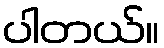
ပါတယ်။